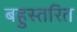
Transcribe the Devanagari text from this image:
बहुस्तरित